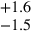
^ { + 1 . 6 } _ { - 1 . 5 }